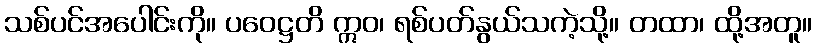
သစ်ပင်အပေါင်းကို။ ပဝေဋ္ဌတိ ဣဝ၊ ရစ်ပတ်နွယ်သကဲ့သို့။ တထာ၊ ထို့အတူ။